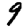
Digit: 9